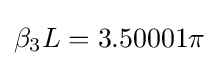
\beta _{3}L=3.50001\pi